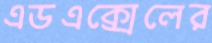
এডএক্সেলের